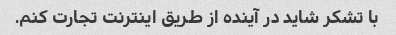
با تشکر شاید در آینده از طریق اینترنت تجارت کنم.